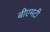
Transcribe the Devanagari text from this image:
बीएमटी